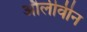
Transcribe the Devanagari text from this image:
औलीवीन